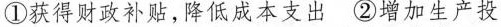
①获得财政补贴，降低成本支出②增加生产投